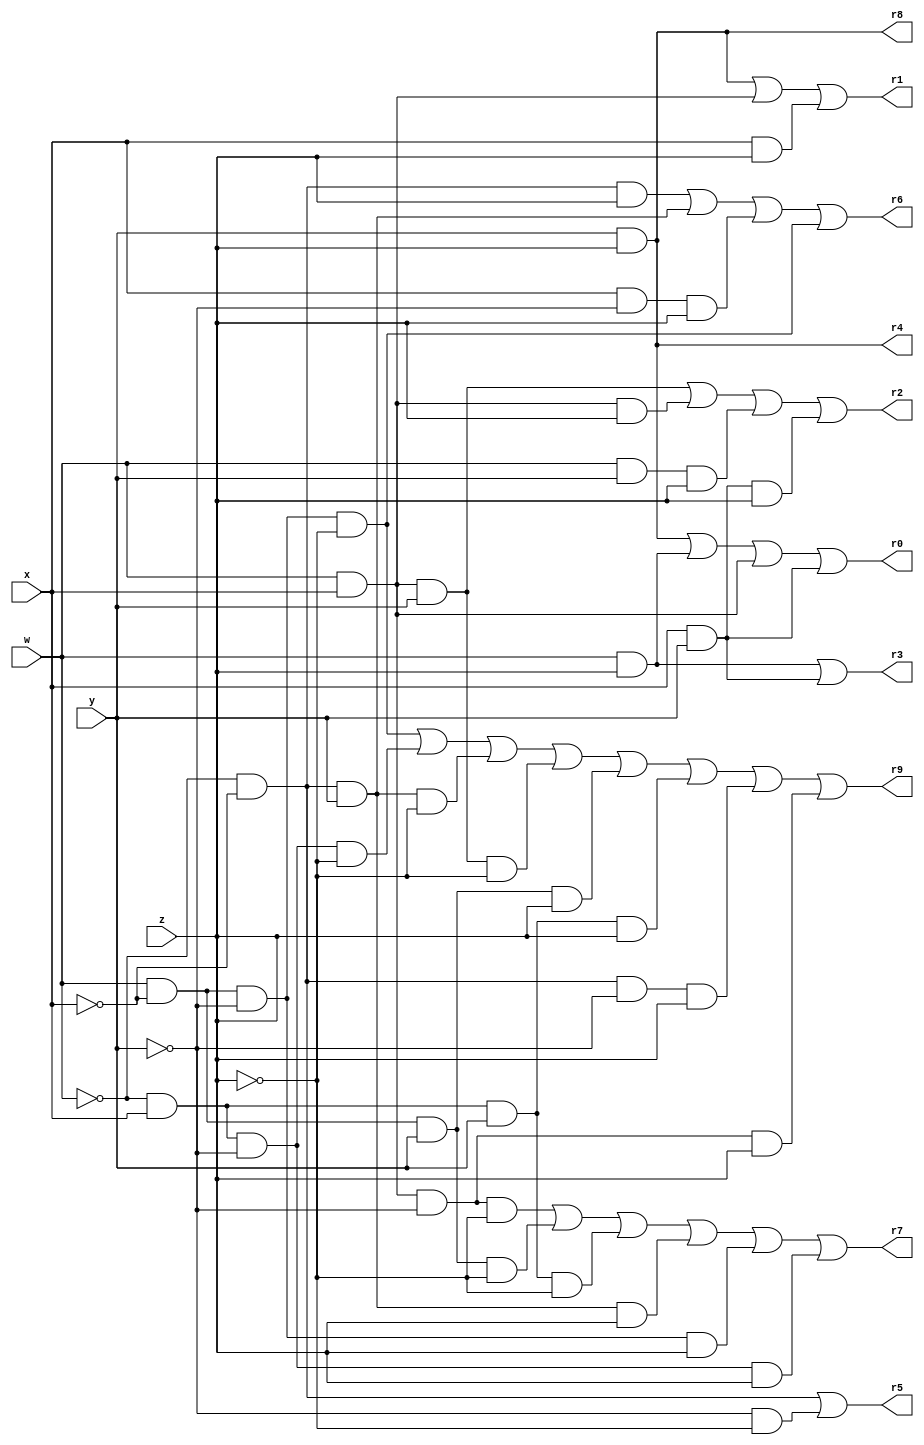
module Breadboard (w,x,y,z,r0,r1,r2,r3,r4,r5,r6,r7,r8,r9);

input w,x,y,z;
output r0,r1,r2,r3,r4,r5,r6,r7,r8,r9;
reg r0,r1,r2,r3,r4,r5,r6,r7,r8,r9;

always @(w,x,y,z,r0,r1,r2,r3,r4,r5,r6,r7,r8,r9) begin
    
    r0 = (y&z)|(w&z)|(w&x)|(x&y);
    r1 = (y&z)|(w&x)|(x&z);
    r2 = (w&x&y)|(w&x&z)|(w&y&z)|(x&y&z);
    r3 = (w&z)|(x&y);
    r4 = (y&z);
    r5 = ((!w)&(!x))|((!y)&(!z));
    r6 = ((!w)&(!x)&(z))|((!w)&(!x)&(y))|((x)&(!y)&(z))|((w)&(!x)&(!y)&(!z));
    r7 = ((w)&(x)&(!y)&(!z))|((w)&(!x)&(y)&(!z))|((!w)&(x)&(y)&(!z))|((!w)&(!x)&(y)&(z))|((w)&(!x)&(!y)&(z))|((!w)&(x)&(!y)&(z));
    r8 = (y&z);
    r9 = ((w)&(!x)&(!y)&(!z))|((!w)&(x)&(!y)&(!z))|((!w)&(!x)&(y)&(!z))|((w)&(x)&(y)&(!z))|((w)&(!x)&(y)&(z))|((!w)&(x)&(y)&(z))|((!w)&(!x)&(!y)&(z))|((w)&(x)&(!y)&(z));

end

endmodule


module testbench ();
    reg [4:0] i;
    reg a;
    reg b;
    reg c;
    reg d;

    wire f0;
    wire f1;
    wire f2;
    wire f3;
    wire f4;
    wire f5;
    wire f6;
    wire f7;
    wire f8;
    wire f9;

    Breadboard poggers(a,b,c,d,f0,f1,f2,f3,f4,f5,f6,f7,f8,f9);

    initial begin
        
        $display ("|##|A|B|C|D|F0|F1|F2|F3|F4|F5|F6|F7|F8|F9|");
        $display ("|==+=+=+=+=+==+==+==+==+==+==+==+==+==+==|");

        for (i = 0; i < 16; i = i + 1) 
	    begin
		    a=(i/8)%2;
		    b=(i/4)%2;
		    c=(i/2)%2;
		    d=(i/1)%2;

            #60

		$display ("|%2d|%1d|%1d|%1d|%1d| %1d| %1d| %1d| %1d| %1d| %1d| %1d| %1d| %1d| %1d|",i,a,b,c,d,f0, f1, f2, f3, f4, f5, f6, f7, f8, f9);
        end

    #10
    $finish;
    end

endmodule